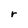
Character: r